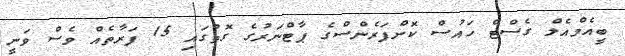
ބީއެމްއެލް ގެސްޓް ހައުސް ކޮންފަރެންސްގެ ޕާޓްނަރުގެ ގޮތުގައި 15 ފަރާތެއް ވެސް ވަނީ